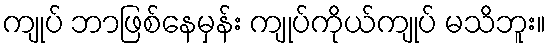
ကျုပ် ဘာဖြစ်နေမှန်း ကျုပ်ကိုယ်ကျုပ် မသိဘူး။